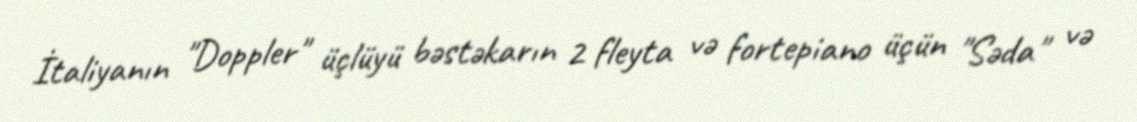
İtaliyanın "Doppler" üçlüyü bəstəkarın 2 fleyta və fortepiano üçün "Səda" və